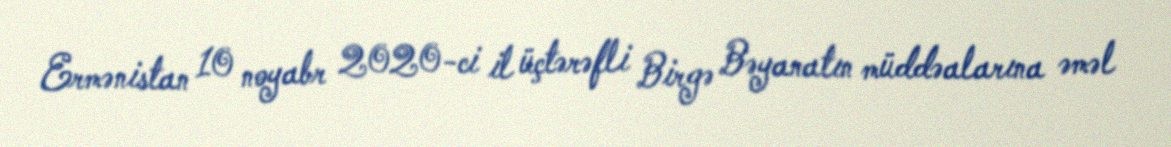
Ermənistan 10 noyabr 2020-ci il üçtərəfli Birgə Bəyanatın müddəalarına əməl